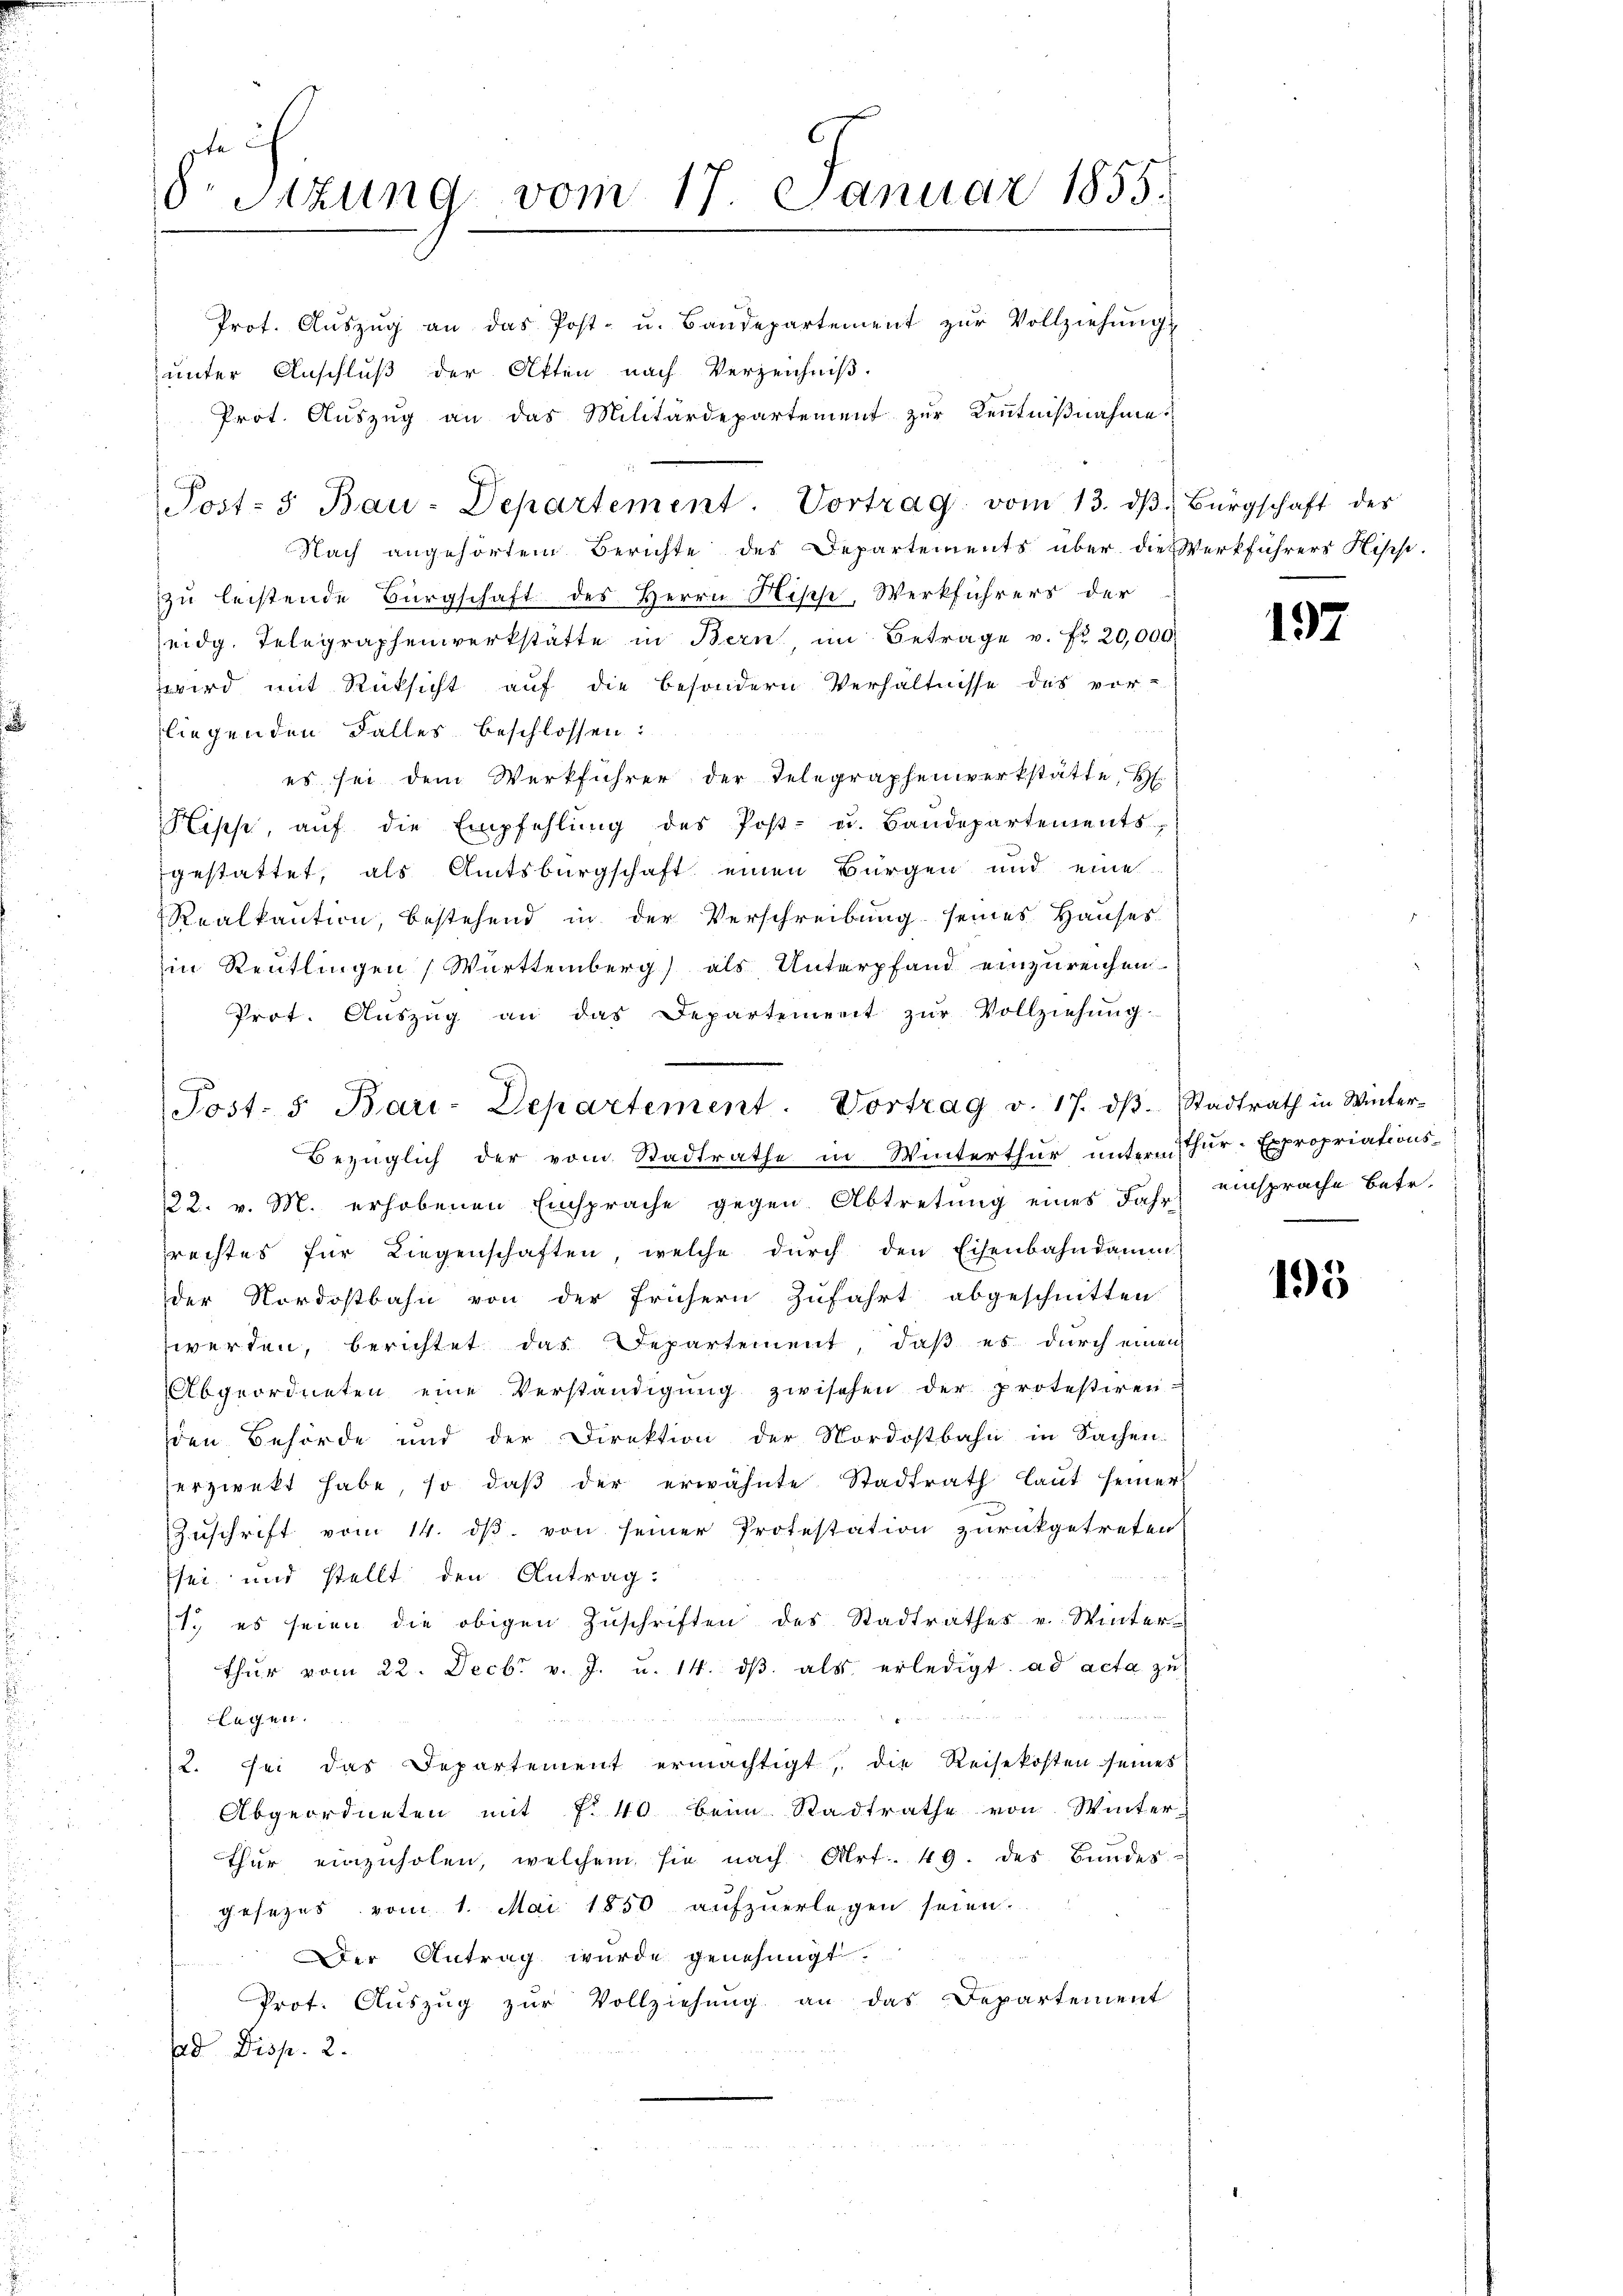
8 Sizung vom 17. Januar 1855.
Prot. Aŭszŭg an das Post- u. Bandepartement zŭr Vollziehŭng
unter Anschluß der Akten nach Verzeichniß.
Prot. Auszug an das Militärdepartement zur Kenntniβnahme.

Nach angehörtem Berichte des Departements über die Werkführers Hipp-
zu leistende Bürgschaft des Herrn Hipp, Werkführers der
eidg. Telegraphenwerkstätte in Bern, im Betrage v. fr. 20,000
wird mit Rücksicht auf die besondern Verhältnisse des vor-
liegenden Falles beschlossen:
es sei dem Werkführer der Telegraphenwerkstätte, H
Hipp, aŭf die Empfehlŭng des Post- u. Bandepartements
gestattet, als Amtsburgschaft einen Bürgen und eine
Realkaution, bestehend in der Verschreibung seines Hauses
in Reutlingen, Württemberg) als Unterpfand einzureichen.
Prot. Auszug an das Departement zur Vollziehung
122. v. M. erhobenen Einsprache gegen Abtretung eines Jahr) einsprache Betr.
rechtes für Liegenschaften, welche dŭrch den Eisenbahndamm
der Nordostbahn von der frühern Zufahrt abgeschnitten.
werden, berichtet das Departement, daß es durch einen
Abgeordneten eine Verständigung zwischen der protestiren-
den Behörde und der Direktion der Nordostbahn in Sachen
erzwekt habe, so daβ der erwähnte Stadtrath laut seiner
Zuschrift vom 14. ds. von seiner Protestation zurückgetreten
sei und stellt den Antrag.
1. es seien die obigen Zŭschriften des Stadtrathes v. Winter-
thŭr vom 22. Decbr. v. J. u. 14. dβ als erledigt. ad acta zu
legen.
2. sei das Departement ermächtigt, die Reisekosten seines
Abgeordneten mit f. 40 beim Stadtrathe von Winter-
thur einzuholen, welchem sie nach Art. 49. des Bundes-
gesezes vom 1. Mai 1850 aufzuerlegen seien.
Der Antrag wurde genehmigt.
Prot. Auszug zur Vollziehung an das Departement
ad Disp. 2.

Post- & Bau-Departement. Vortrag vom 13. dβ. Bürgschaft der

e
Post- 5. Bari-Departement. Vortrag v. 17. dβ Stadtrath in Winter-
Bezüglich der vom Stadtrathe in Winterthur untern Thur-Expropriations-

197

195